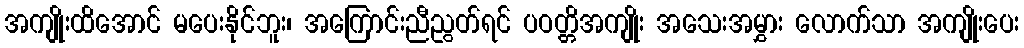
အကျိုးထိအောင် မပေးနိုင်ဘူး၊ အကြောင်းညီညွတ်ရင် ပဝတ္တိအကျိုး အသေးအမွှား လောက်သာ အကျိုးပေး